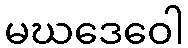
မဃဒေဝေါ